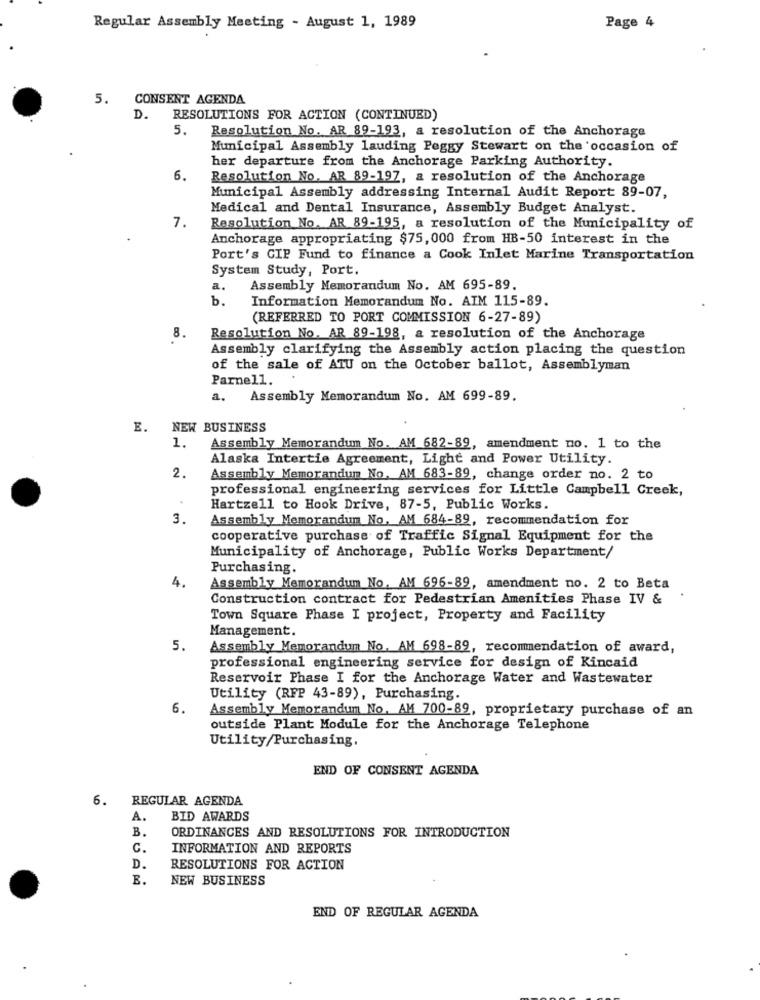
Regular Assembly Meeting - August: 1, 1989
Page 4
5. CONSENT AGENDA
D.
RESOLUTIONS FOR ACTION (CONTINUED)
5.
Resolution No. AR 89-193, a resolution of the Anchorage
Municipal Assembly lauding Peggy Stewart on the occasion of
her departure from the Anchorage Parking Authority.
6.
Resolution No. AR 89-197, a resolution of the Anchorage
Municipal Assembly addressing Internal Audit Report 89-07,
Medical and Dental Insurance, Assembly Budget Analyst.
7.
Resolution No. AR 89-195, a resolution of the Municipality of
Anchorage appropriating $75, 000 from HB-50 interest in the
Port's GIP Fund to finance a Cook Inlet Marine Transportation
System Study, Port.
a.
Assembly Memorandum No. AM 695-89.
b.
Information Memorandum No. AIM 115-89.
(REFERRED TO PORT COMMISSION 6-27-89)
8
Resolution No. AR 89-198, a resolution of the Anchorage
Assembly clarifying the Assembly action placing the question
of the sale of ATU on the October ballot, Assemblyman
Parnell.
a.
Assembly Memorandum No. AM 699-89.
E. NEW BUSINESS
1.
Assembly Memorandum No. AM 682-89, amendment no. 1 to the
Alaska Intertie Agreement, Light and Power Utility.
2.
Assembly Memorandum No. AM 683-89, change order no. 2 to
professional engineering services for Little Campbell Creek,
Hartzell to Hook Drive, 87-5, Public Works.
3.
Assembly Memorandum No. AM 684-89, recommendation for
cooperative purchase of Traffic Signal Equipment for the
Municipality of Anchorage, Public Works Department/
Purchasing.
4.
Assembly Memorandum No. AM 696-89, amendment no. 2 to Beta
Construction contract for Pedestrian Amenities Phase IV &
Town Square Phase I project, Property and Facility
Management.
5.
Assembly Memorandum No. AM 698-89, recommendation of award,
professional engineering service for design of Kincaid
Reservoir Phase I for the Anchorage Water and Wastewater
Utility (RFP 43-89), Purchasing.
6.
Assembly Memorandum No, AM 700-89, proprietary purchase of an
outside Plant Module for the Anchorage Telephone
Utility/Purchasing.
END OF CONSENT AGENDA
6.
REGULAR AGENDA
A.
BID AWARDS
B.
ORDINANCES AND RESOLUTIONS FOR INTRODUCTION
G.
INFORMATION AND REPORTS
D.
RESOLUTIONS FOR ACTION
E.
NEW BUSINESS
END OF REGULAR AGENDA